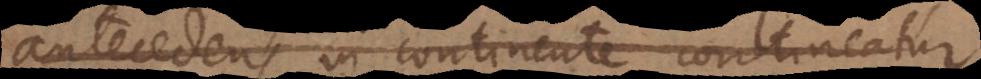
antecedens in continente contineatur.